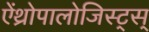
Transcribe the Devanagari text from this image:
ऐंथ्रोपालोजिस्ट्स्